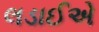
લડાઈએ